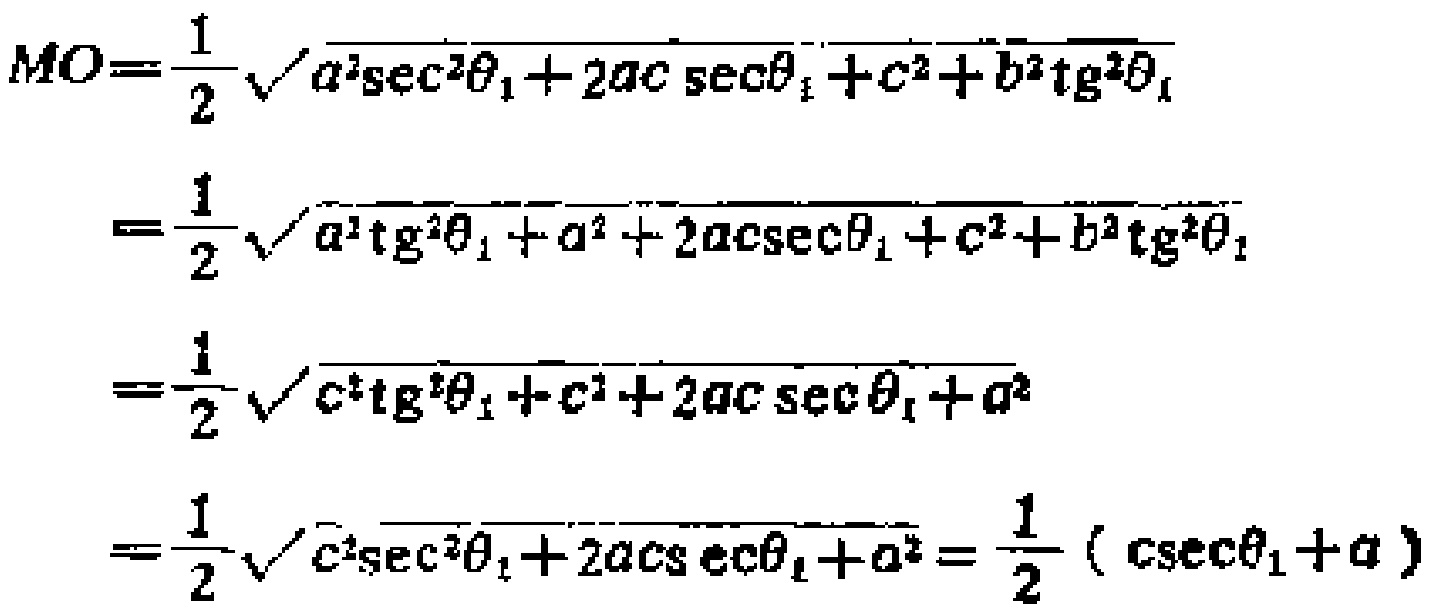
\[
\begin{align*}
MO&=\frac{1}{2}\sqrt{a^{2}\sec^{2}\theta_{1}+2ac\sec\theta_{1}+c^{2}+b^{2}\tg^{2}\theta_{1}}\\
&=\frac{1}{2}\sqrt{a^{2}\tg^{2}\theta_{1}+a^{2}+2ac\sec\theta_{1}+c^{2}+b^{2}\tg^{2}\theta_{1}}\\
&=\frac{1}{2}\sqrt{c^{2}\tg^{2}\theta_{1}+c^{2}+2ac\sec\theta_{1}+a^{2}}\\
&=\frac{1}{2}\sqrt{c^{2}\sec^{2}\theta_{1}+2ac\sec\theta_{1}+a^{2}}=\frac{1}{2}(c\sec\theta_{1}+a)
\end{align*}
\]